kultuurilooline_kollektsioon, lk 84
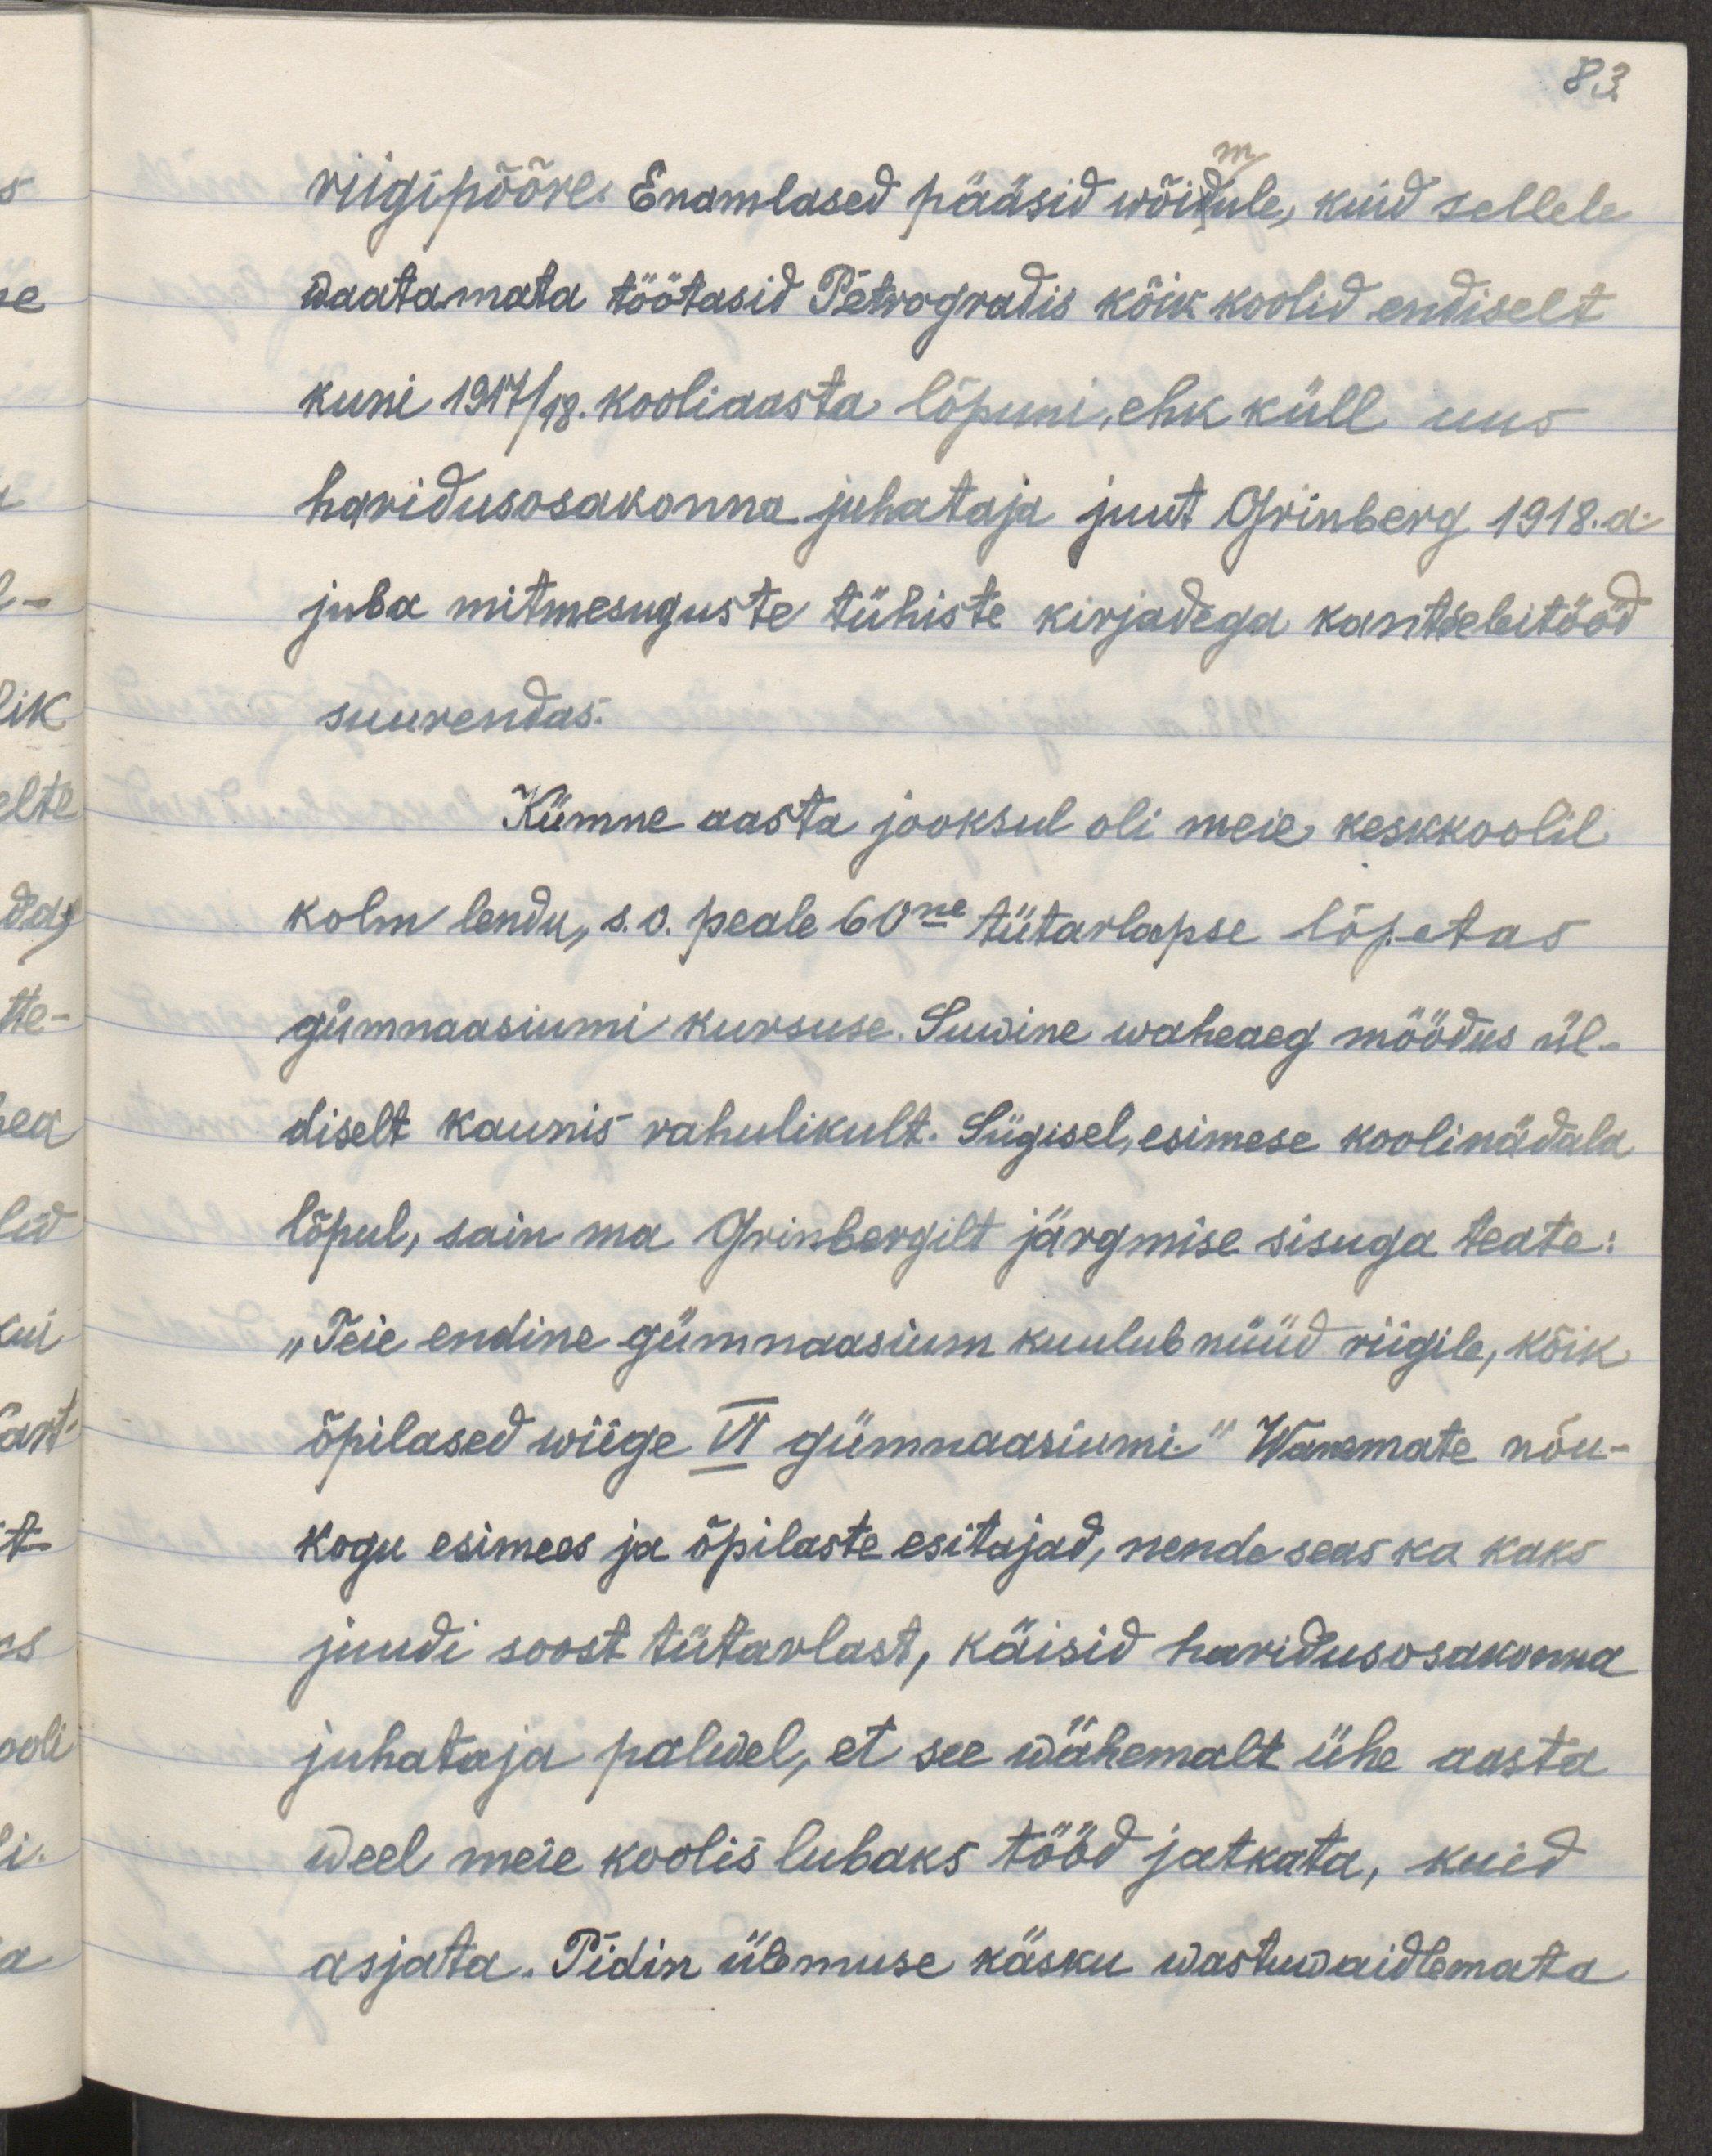
83.
riigipööre. Enamlased pääsid wõidule, kuid sellele
waatamata töötasid Petrogradis kõik koolid endiselt
kuni 1917/18. kooliaasta lõpuni, ehk küll uus
haridusosakonna juhataja juut Grinberg 1918. a.
juba mitmesuguste tühiste kirjadega kantseleitööd
suurendas
Kümne aasta jooksul oli meie keskkoolil
kolm lendu, s.o. peale 60ne tütarlapse lõpetas
gümnaasiumi kursuse. Suwine waheaeg möödus ül-
diselt kaunis rahulikult. Sügisel, esimese koolinädala
lõpul sain ma Grinbergilt järgmise sisuga teate:
Teie endine gümnaasium kuulub nüüd riigile, kõik
õpilased wiige VI gümnaasiumi." Wanemate nõu-
kogu esimees ja õpilaste esitajad, nende seas ka kaks
juudi soost tütarlast, käisid haridusosakonna
juhataja palwel, et see wähemalt ühe aasta
weel meie koolis lubaks tööd jätkata, kuid
asjata. Pidin ülemuse käsku wastuwaidlemata